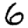
Digit: 6